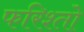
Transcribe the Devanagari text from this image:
फरिश्तो